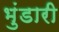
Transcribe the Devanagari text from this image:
भुंडारी